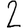
Digit: 2